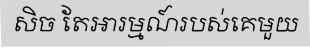
សិច តែអារម្មណ៍របស់គេមួយ